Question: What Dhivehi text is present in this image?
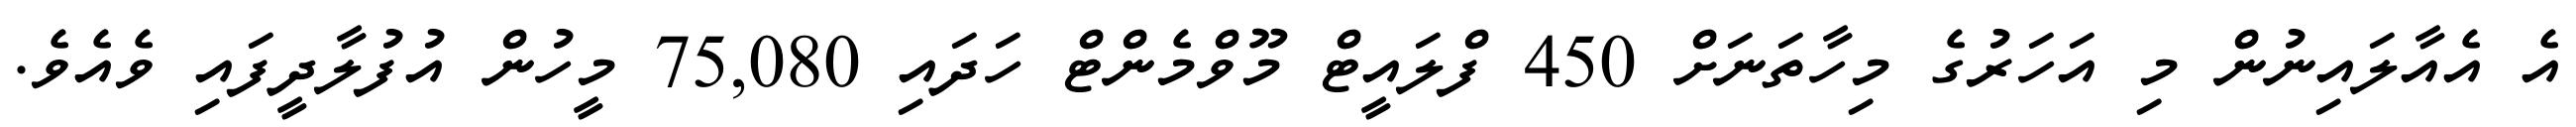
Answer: އެ އެއާލައިނުން މި އަހަރުގެ މިހާތަނަށް 450 ފްލައީޓް މޫވްމެންޓް ހަދައި 75,080 މީހުން އުފުލާދީފައި ވެއެވެ.